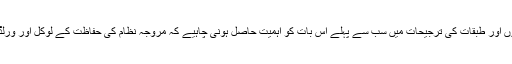
اس لیے میرے نزدیک نفاذ اسلام کے لیے جدوجہد کرنے والی جماعتوں اور طبقات کی ترجیحات میں سب سے پہلے اس بات کو اہمیت حاصل ہونی چاہیے کہ مروجہ نظام کی حفاظت کے لوکل اور ورلڈ اسٹیبلشمنٹ کے قائم کردہ حصار اور ریڈ لائن کو کیسے توڑا جائے؟